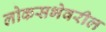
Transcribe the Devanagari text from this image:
लोकसभेवरील